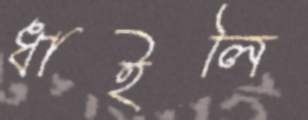
ধাইলি